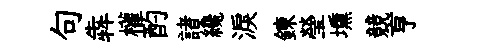
句犇權酌諸纔淚錬瑩壎競亨